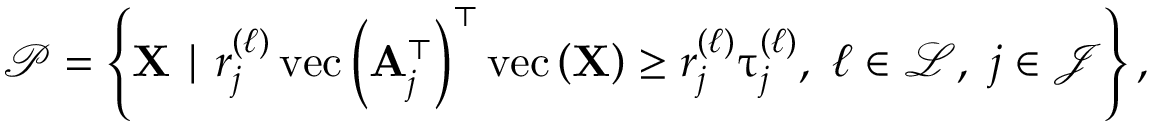
\begin{array} { r } { \mathcal { P } = \left\{ \mathbf { X } \mid r _ { j } ^ { ( \ell ) } \operatorname { v e c } \left( \mathbf { A } _ { j } ^ { \top } \right) ^ { \top } \operatorname { v e c } \left( \mathbf { X } \right) \geq r _ { j } ^ { ( \ell ) } \uptau _ { j } ^ { ( \ell ) } , ~ \ell \in \mathcal { L } , ~ j \in \mathcal { J } \right\} , } \end{array}